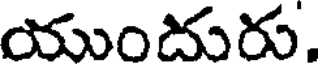
యుందురు.